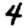
Digit: 4